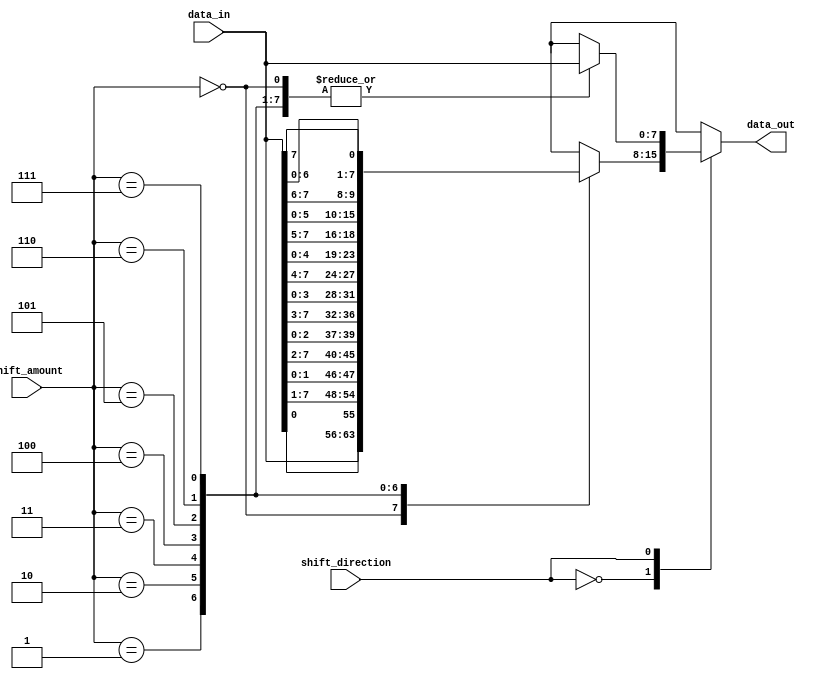
module barrel_shifter(
    input [7:0] data_in,
    input [2:0] shift_amount,
    input shift_direction,
    output reg [7:0] data_out
);

reg [7:0] stage_0_data;

always @* begin
    stage_0_data = data_in;
    
    case(shift_direction)
        1'b0: // Shift Right
            begin
                case(shift_amount)
                    3'b000: data_out = stage_0_data;
                    3'b001: data_out = {stage_0_data[0], stage_0_data[7:1]};
                    3'b010: data_out = {stage_0_data[1:0], stage_0_data[7:2]};
                    3'b011: data_out = {stage_0_data[2:0], stage_0_data[7:3]};
                    3'b100: data_out = {stage_0_data[3:0], stage_0_data[7:4]};
                    3'b101: data_out = {stage_0_data[4:0], stage_0_data[7:5]};
                    3'b110: data_out = {stage_0_data[5:0], stage_0_data[7:6]};
                    3'b111: data_out = {stage_0_data[6:0], stage_0_data[7]};
                endcase
            end
        1'b1: // Shift Left
            begin
                case(shift_amount)
                    3'b000: data_out = stage_0_data;
                    3'b001: data_out = {stage_0_data[1:7], stage_0_data[0]};
                    3'b010: data_out = {stage_0_data[2:7], stage_0_data[0:1]};
                    3'b011: data_out = {stage_0_data[3:7], stage_0_data[0:2]};
                    3'b100: data_out = {stage_0_data[4:7], stage_0_data[0:3]};
                    3'b101: data_out = {stage_0_data[5:7], stage_0_data[0:4]};
                    3'b110: data_out = {stage_0_data[6:7], stage_0_data[0:5]};
                    3'b111: data_out = {stage_0_data[7], stage_0_data[0:6]};
                endcase
            end
    endcase
end

endmodule